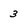
Character: 3